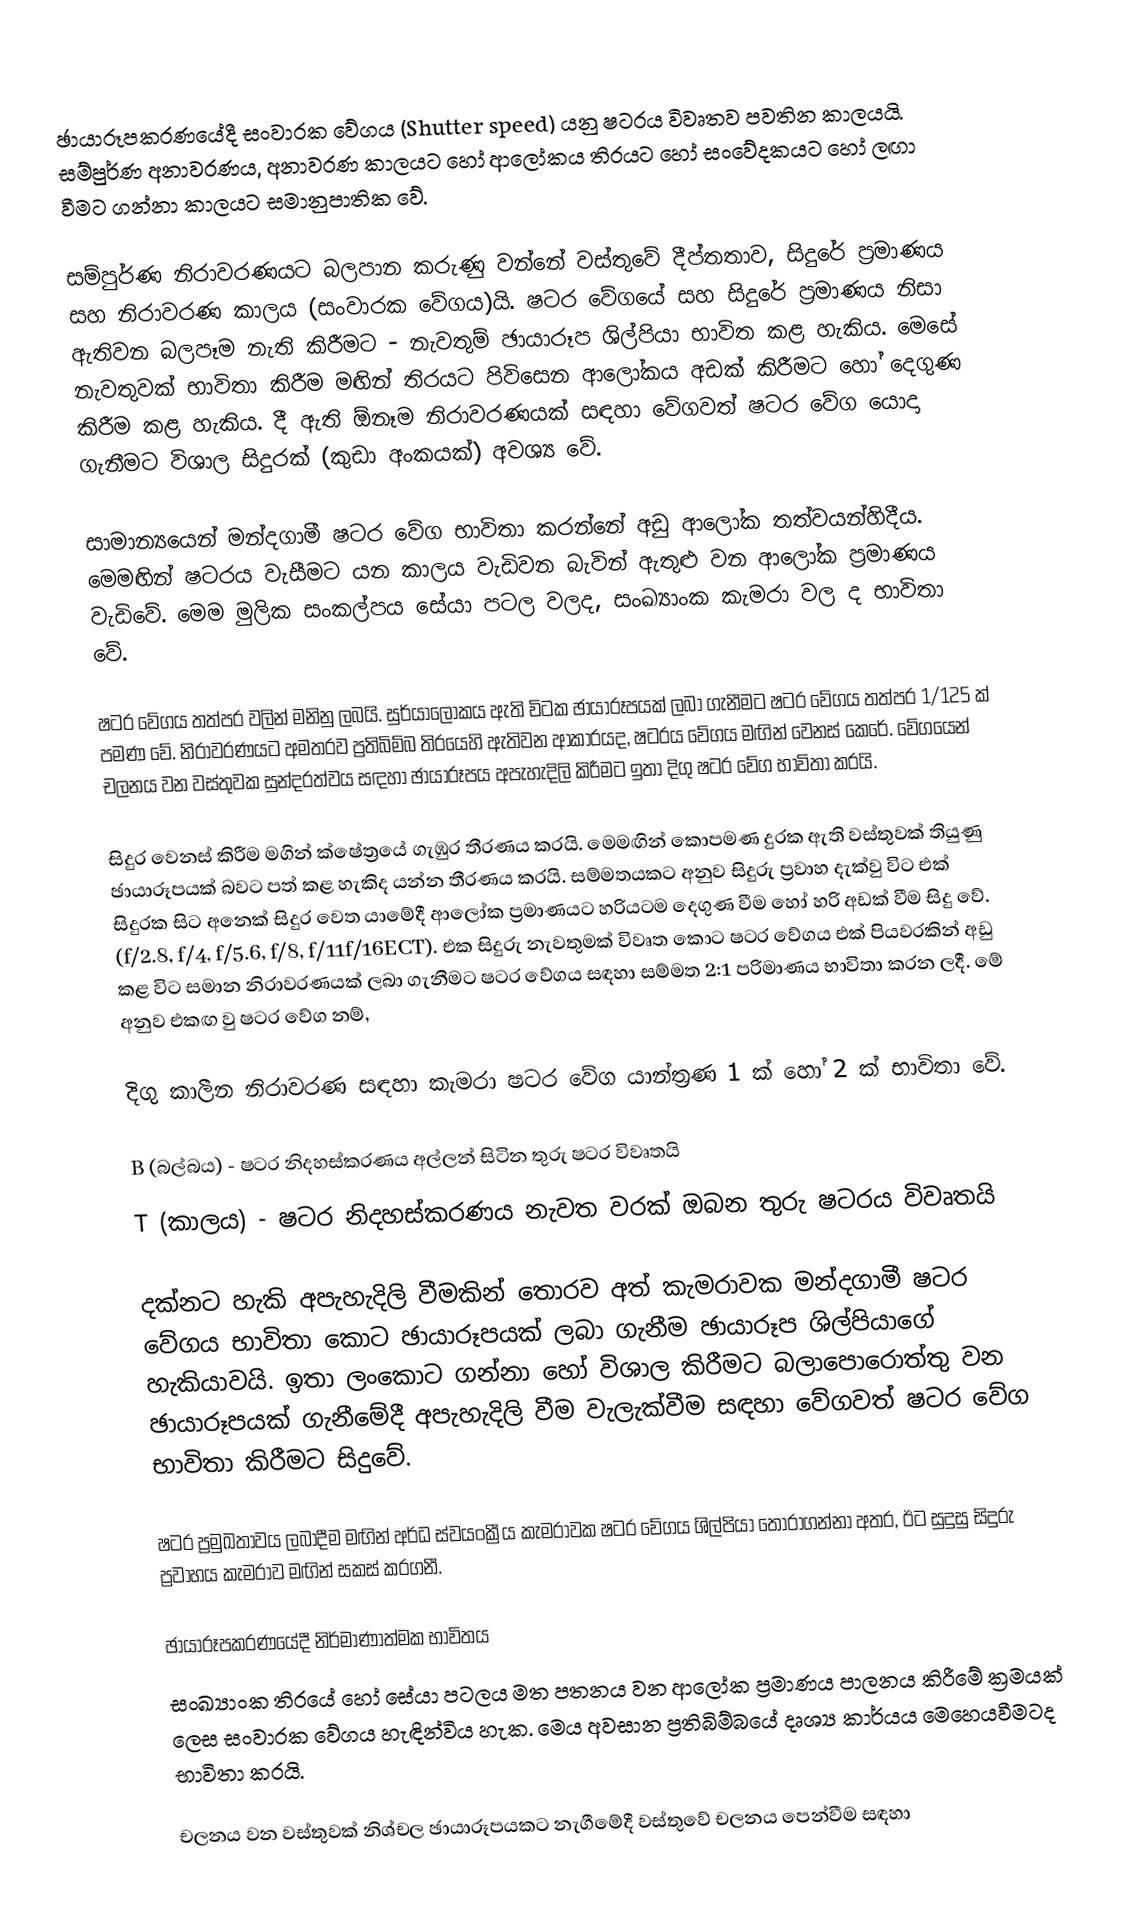
ඡායාරූපකරණයේදී  සංවාරක වේගය (Shutter speed) යනු ෂටරය විවෘතව පවතින කාලයයි. සම්පුර්ණ අනාවරණය, අනාවරණ කාලයට හෝ ආ‍ලෝකය තිරයට හෝ සංවේදකයට හෝ ලඟා වීමට ගන්නා කාලයට සමානුපාතික වේ.

සම්පුර්ණ නිරාවරණයට බලපාන කරුණු වන්නේ වස්තුවේ දීප්තතාව, සිදුරේ ප්‍රමාණය සහ නිරාවරණ කාලය (සංවාරක වේගය)යි. ෂටර වේගයේ සහ සිදුරේ ප්‍රමාණය නිසා ඇතිවන බලපෑම නැති කිරීමට  - නැවතුම් ඡායාරූප ශිල්පියා භාවිත කළ හැකිය. මෙසේ නැවතුවක් භාවිතා කිරීම මඟින් තිරයට පිවිසෙන ආලෝකය අඩක් කිරීමට හෝ දෙගුණ කිරීම කළ හැකිය. දී ඇති ඕනෑම නිරාවරණයක් සඳහා වේගවත් ෂටර වේග යොදා ගැනීමට විශාල සිදුරක් (කුඩා  අංකයක්) අවශ්‍ය වේ.

සාමාන්‍යයෙන් මන්දගාමී ෂටර වේග භාවිතා කරන්නේ අඩු ආලෝක තත්වයන්හිදීය. මෙමඟින් ෂටරය වැසීමට යන කාලය වැඩිවන බැවින් ඇතුළු වන ආලෝක ප්‍රමාණය වැඩිවේ. මෙම මුලික සංකල්පය සේයා පටල වලද, සංඛ්‍යාංක කැමරා වල ද භාවිතා වේ.

ෂටර වේගය තත්පර වලින් මනිනු ලබයි. සුර්යා‍ලෝකය ඇති විටක ඡායාරූපයක් ලබා ගැනීමට ෂටර වේගය තත්පර  1/125 ක් පමණ වේ. නිරාවරණයට අමතරව ප්‍රතිබිම්බ තිරයෙහි ඇතිවන ආකාරයද, ෂටරය වේගය මඟින් වෙනස් කෙ‍රේ. වේගයෙන් චලනය වන වස්තුවක සුන්දරත්වය සඳහා ඡායාරූපය අපැහැදිලි කිරීමට ඉතා දිගු ෂටර වේග භාවිතා කරයි.

සිදුර වෙනස් කිරීම මගින් ක්ෂේත්‍රයේ ගැඹුර තීරණය කරයි. මෙමඟින් කොපමණ දුරක ඇති වස්තුවක් තියුණු ඡායාරූපයක් බවට පත් කළ හැකිද යන්න තීරණය කරයි. සම්මතයකට අනුව සිදුරු ප්‍රවාහ දැක්වු විට එක් සිදුරක සිට අනෙක් සිදුර වෙත යාමේදී ආලෝක ප්‍රමාණයට හරියටම දෙගුණ වීම හෝ හරි අඩක් වීම සිදු වේ. (f/2.8, f/4, f/5.6, f/8, f/11f/16ECT). එක සිදුරු නැවතුමක් විවෘත කොට ෂටර වේගය එක් පියවරකින් අඩු කළ විට සමාන නිරාවරණයක් ලබා ගැනීමට ෂටර වේගය සඳහා සම්මත 2:1 පරිමාණය භාවිතා කරන ලදී. මේ අනුව එකඟ වු ෂටර වේග නම්,

දිගු කාලීන නිරාවරණ සඳහා කැමරා ෂටර වේග යාන්ත්‍රණ 1 ක් හෝ 2 ක් භාවිතා වේ.

	B (බල්බය) - ෂටර නිදහස්කරණය අල්ලන් සිටින තුරු ෂටර විවෘතයි
	T (කාලය) -  ෂටර නිදහස්කරණය නැවත වරක් ඔබන තුරු ෂටරය විවෘතයි

දක්නට හැකි අපැහැදිලි වීමකින් තොරව අත් කැමරාවක මන්දගාමී ෂටර වේගය භාවිතා කොට ඡායාරූපයක් ලබා ගැනීම ඡායාරූප ශිල්පියාගේ හැකියාවයි. ඉතා ලංකොට ගන්නා හෝ විශාල කිරීමට බලාපොරොත්තු වන ඡායාරූපයක් ගැනීමේදී අපැහැදිලි වීම වැලැක්වීම සඳහා වේගවත් ෂටර වේග භාවිතා කිරීමට සිදුවේ.

ෂටර ප්‍රමුඛතාවය ලබාදීම මඟින් අර්ධ ස්වයංක්‍රීය කැමරාවක ෂටර වේගය ශිල්පියා තෝරාගන්නා අතර, ඊට සුදුසු සිදුරු ප්‍රවාහය කැමරාව මඟින් සකස් කරගනී.

ඡායාරූපකරණයේදී නිර්මාණාත්මක භාවිතය
සංඛ්‍යාංක තිරයේ හෝ සේයා පටලය මත පතනය වන ආලෝක ප්‍රමාණය පාලනය කිරීමේ ක්‍රමයක් ලෙස සංවාරක වේගය හැඳින්විය හැක. මෙය අවසාන ප්‍රතිබිම්බයේ දෘශ්‍ය කාර්යය මෙහෙයවීමටද භාවිතා කරයි.

චලනය වන වස්තුවක් නිශ්චල ඡායාරූපයකට නැගීමේදී වස්තුවේ චලනය පෙන්වීම සඳහා